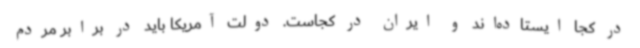
در کجا ایستاده‌اند و ایران در کجاست. دولت آمریکا باید در برابر مردم